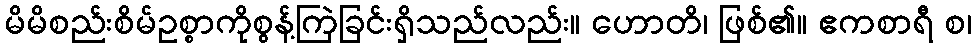
မိမိစည်းစိမ်ဥစ္စာကိုစွန့်ကြဲခြင်းရှိသည်လည်း။ ဟောတိ၊ ဖြစ်၏။ ဧကစာရီ စ၊